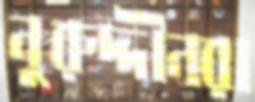
নুরুদ্দীনরা